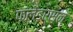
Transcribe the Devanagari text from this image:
फ्लेंडर्सन